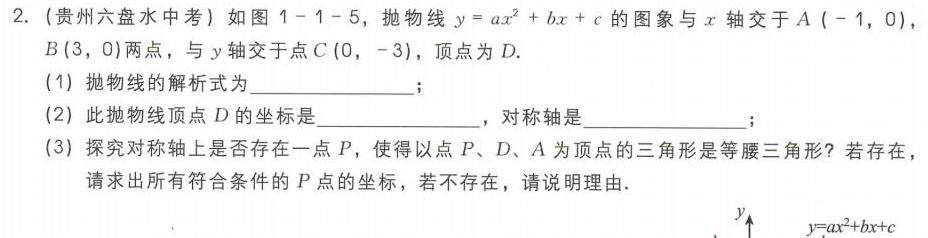
2. (贵州六盘水中考) 如图1 - 1 - 5，抛物线\(y = ax^{2}+bx + c\)的图象与\(x\)轴交于\(A(-1,0)\)，\(B(3,0)\)两点，与\(y\)轴交于点\(C(0,-3)\)，顶点为\(D\).
(1) 抛物线的解析式为  ；
(2) 此抛物线顶点\(D\)的坐标是  ，对称轴是  ；
(3) 探究对称轴上是否存在一点\(P\)，使得以点\(P、D、A\)为顶点的三角形是等腰三角形？若存在，请求出所有符合条件的\(P\)点的坐标，若不存在，请说明理由.
\(y\)
\(y = ax^{2}+bx + c\)